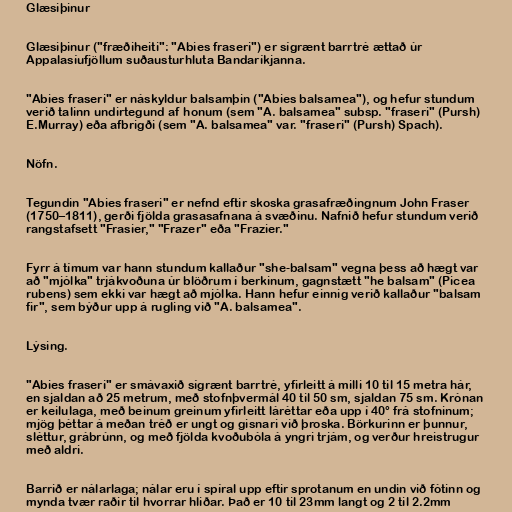
Glæsiþinur

Glæsiþinur ("fræðiheiti": "Abies fraseri") er sígrænt barrtré ættað úr
Appalasíufjöllum suðausturhluta Bandaríkjanna.

"Abies fraseri" er náskyldur balsamþin ("Abies balsamea"), og hefur stundum
verið talinn undirtegund af honum (sem "A. balsamea" subsp. "fraseri" (Pursh)
E.Murray) eða afbrigði (sem "A. balsamea" var. "fraseri" (Pursh) Spach).

Nöfn.

Tegundin "Abies fraseri" er nefnd eftir skoska grasafræðingnum John Fraser
(1750–1811), gerði fjölda grasasafnana á svæðinu. Nafnið hefur stundum verið
rangstafsett "Frasier," "Frazer" eða "Frazier."

Fyrr á tímum var hann stundum kallaður "she-balsam" vegna þess að hægt var
að "mjólka" trjákvoðuna úr blöðrum í berkinum, gagnstætt "he balsam" (Picea
rubens) sem ekki var hægt að mjólka. Hann hefur einnig verið kallaður "balsam
fir", sem býður upp á rugling við "A. balsamea".

Lýsing.

"Abies fraseri" er smávaxið sígrænt barrtré, yfirleitt á milli 10 til 15 metra hár,
en sjaldan að 25 metrum, með stofnþvermál 40 til 50 sm, sjaldan 75 sm. Krónan
er keilulaga, með beinum greinum yfirleitt láréttar eða upp í 40° frá stofninum;
mjög þéttar á meðan tréð er ungt og gisnari við þroska. Börkurinn er þunnur,
sléttur, grábrúnn, og með fjölda kvoðubóla á yngri trjám, og verður hreistrugur
með aldri.

Barrið er nálarlaga; nálar eru í spíral upp eftir sprotanum en undin við fótinn og
mynda tvær raðir til hvorrar hliðar. Það er 10 til 23mm langt og 2 til 2.2mm